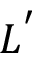
L ^ { ' }